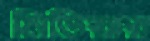
মিডিয়ার